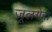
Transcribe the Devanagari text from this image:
जूलगेरा